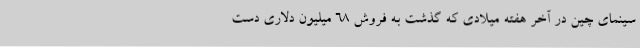
سینمای چین در آخر هفته میلادی که گذشت به فروش 68 میلیون دلاری دست